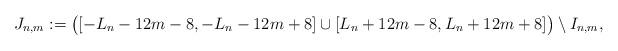
LaTeX: \begin{align*}J_{n,m}:=\big( [-L_n - 12 m - 8, -L_n -12 m+8] \cup [L_n + 12 m - 8, L_n + 12 m+8] \big) \setminus I_{n,m},\end{align*}